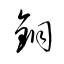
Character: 銅